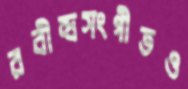
রবীন্দ্রসংগীতও